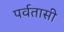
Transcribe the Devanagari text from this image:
पर्वतासी